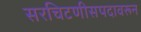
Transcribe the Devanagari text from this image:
सरचिटणीसपदावरून